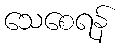
သေစေရန်